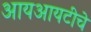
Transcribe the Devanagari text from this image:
आयआयटीचे